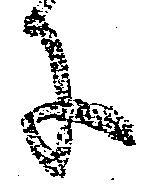
に